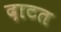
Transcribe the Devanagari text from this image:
दाटत